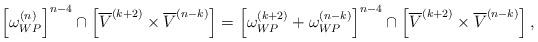
LaTeX: \begin{align*}\left[\omega_{WP}^{(n)}\right]^{n-4}\cap\left[\overline V^{(k+2)}\times \overline V^{(n-k)}\right]=\left[\omega_{WP}^{(k+2)}+\omega_{WP}^{(n-k)}\right]^{n-4}\cap\left[\overline V^{(k+2)}\times \overline V^{(n-k)}\right],\end{align*}